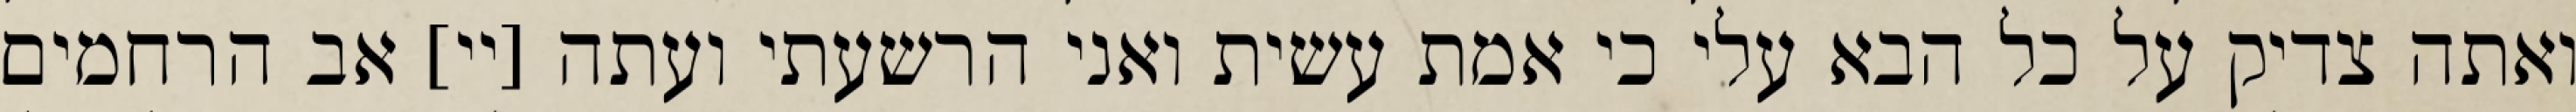
ואתה צדיק על כל הבא עלי כי אמת עשית ואני הרשעתי ועתה [יי] אב הרחמים